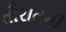
તૌરાતની